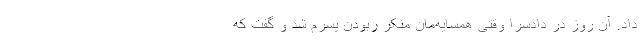
داد. آن روز در دادسرا وقتی همسایه‌مان منکر ربودن پسرم شد و گفت که